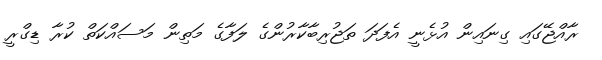
ރާއްޖޭގައި ގިނައިން އުޅެނީ އެފަދަ ތަޖުރިބާކާރުންގެ ލަފާގެ މަތިން މަސައްކަތް ކުރާ ޑިގްރީ